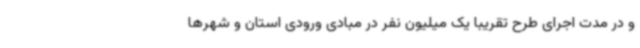
و در مدت اجرای طرح تقریبا یک میلیون نفر در مبادی ورودی استان و شهرها